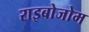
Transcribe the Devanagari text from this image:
राइबोजोम